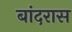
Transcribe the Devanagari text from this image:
बांदरास